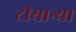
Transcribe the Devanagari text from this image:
टीयान्या